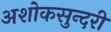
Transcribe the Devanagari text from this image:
अशोकसुन्दरी